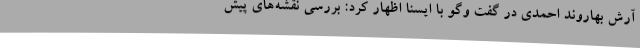
آرش بهاروند احمدی در گفت وگو با ایسنا اظهار کرد: بررسی نقشه‌های پیش